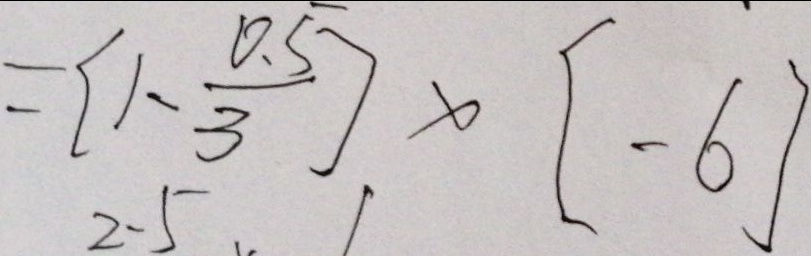
= [ 1 - \frac { 0 . 5 } { 3 } ] \times [ - 6 ]